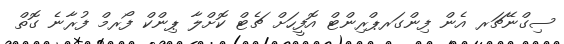
ސިގްނޭޗަރ އެން ފިންގަރޕްރިންޓް އޮފީހަށް ޗެޓް ކޮށްލާ ޕިންކް ފޯރމް ފުރާނެ ގޮތް